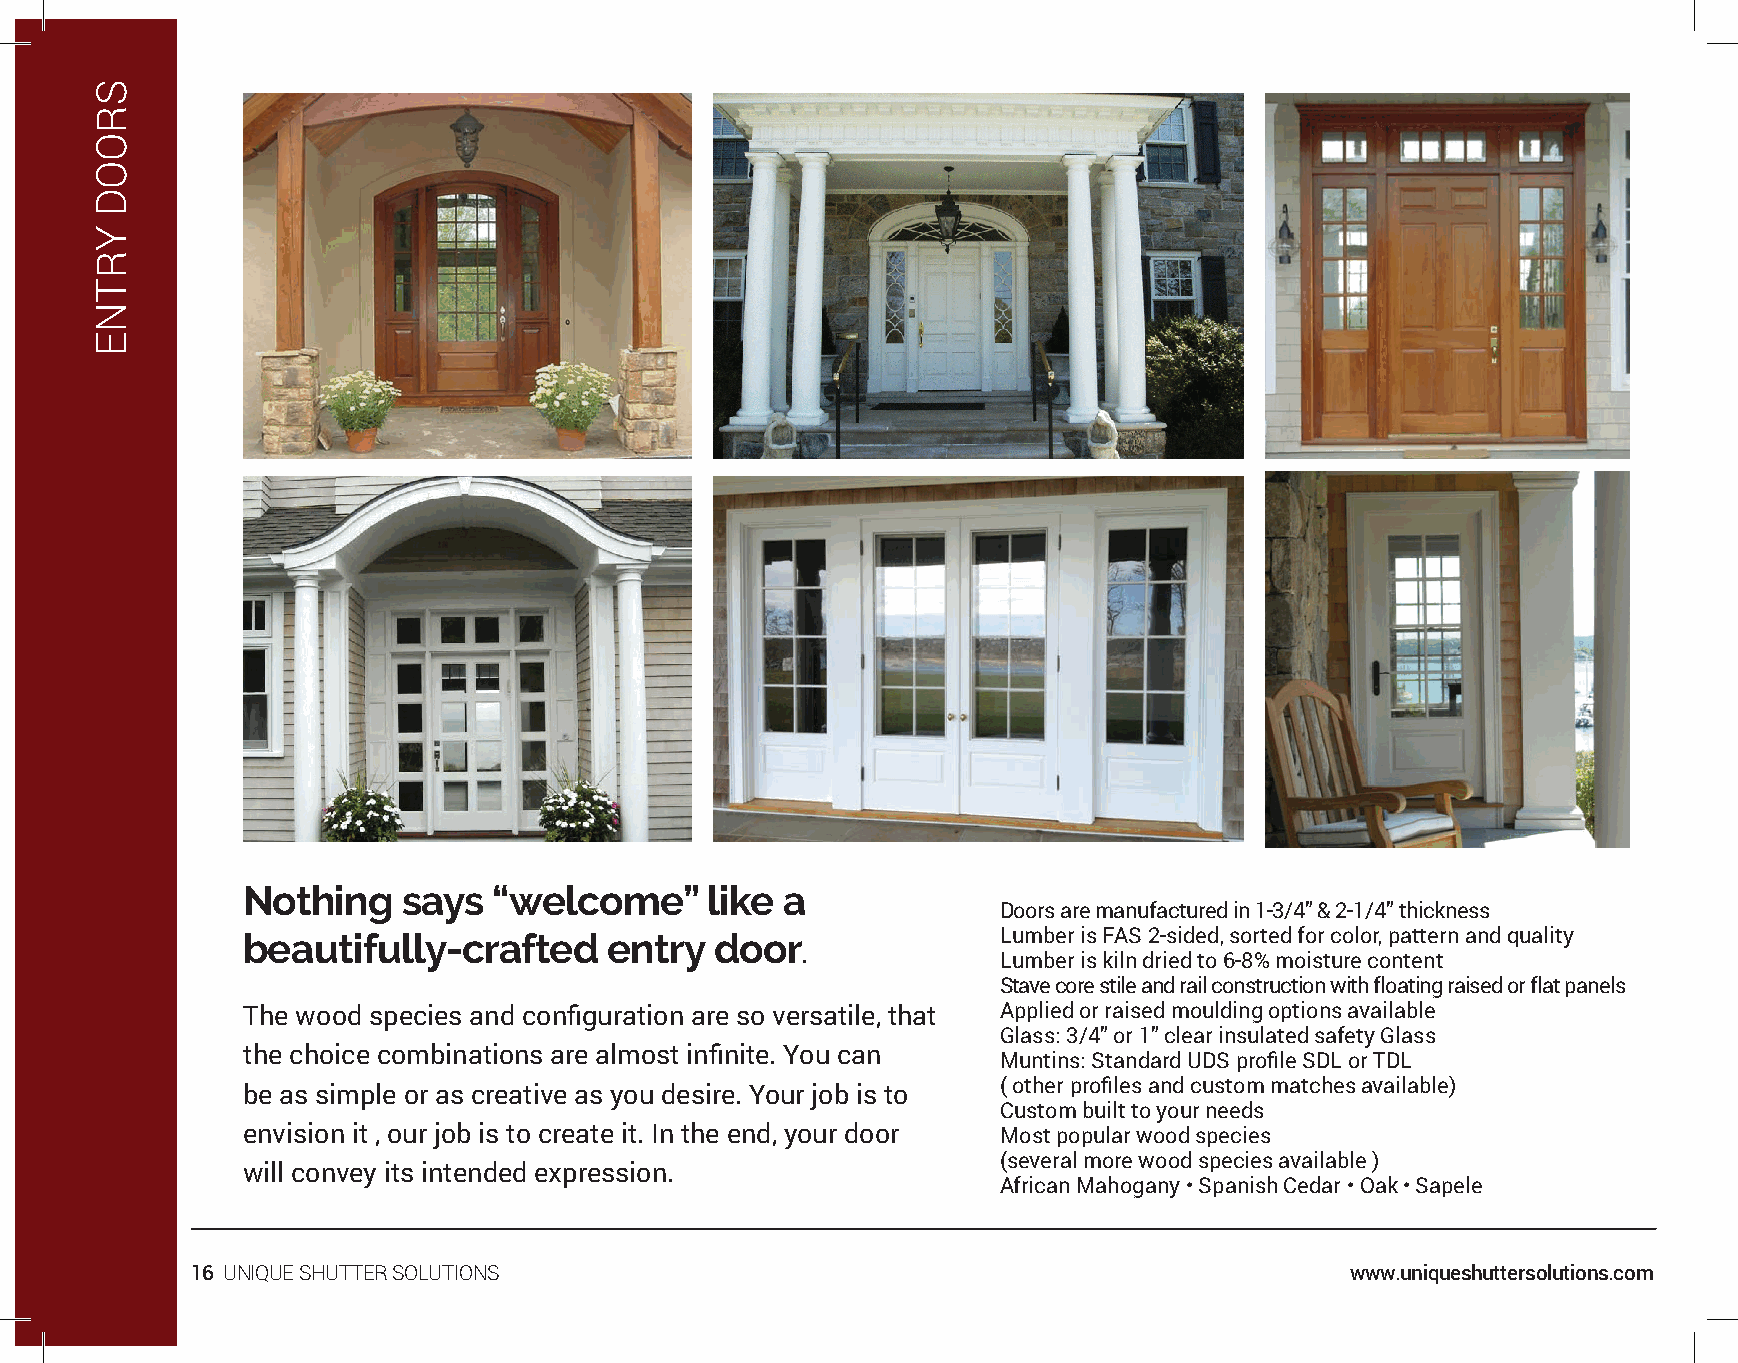
Nothing    says  “welcome”     like a
 Doors are manufactured in 1-3/4” & 2-1/4” thickness
 beautifully-crafted     entry  door               Lumber is FAS 2-sided, sorted for color, pattern and quality
 .
 Lumber is kiln dried to 6-8% moisture content
 Stave core stile and rail construction with floating raised or flat panels
 The wood species and configuration are so versatile, that Applied or raised moulding options available
 Glass: 3/4” or 1” clear insulated safety Glass
 the choice combinations are almost infinite. You can
 Muntins: Standard UDS profile SDL or TDL
 ( other profiles and custom matches available)
 be as simple or as creative as you desire. Your job is to
 Custom built to your needs
 envision it , our job is to create it. In the end, your door Most popular wood species
 (several more wood species available )
 will convey its intended expression.
 African Mahogany • Spanish Cedar • Oak • Sapele
 16 UNIQUE SHUTTER SOLUTIONS                                                 www.uniqueshuttersolutions.com
 SROOD
 YRTNE